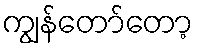
ကျွန်တော်တော့